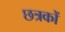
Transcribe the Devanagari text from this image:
छत्रकों